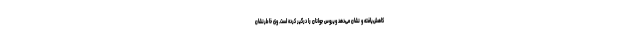
کاهش‌یافته و نشان می‌دهد ویروس جوانان را درگیر کرده است. وی خاطرنشان